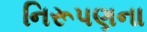
નિરૂપણના